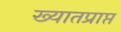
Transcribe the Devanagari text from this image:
ख्यातप्राप्त